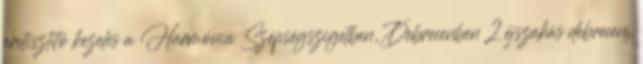
arctisztító kezelés a Harmónia Szépségszigetben, Debrecenben 2 éjszakás debreceni